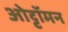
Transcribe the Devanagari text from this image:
ओट्टॉमन